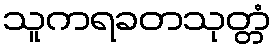
သူကရခတသုတ္တံ